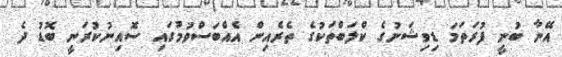
އޭނާ ބުނީ ފުރަތަމަ ޑިވިޝަނުގެ ކްލަބްތަކުގެ ތެރެއިން އެއްބަސްވުމުގައި ސޮއިނުކުރަނީ ބޮޑު ދެ